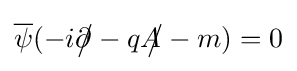
{\overline {\psi }}(-i{\partial \!\!\!{\big /}}-q{A\!\!\!{\big /}}-m)=0